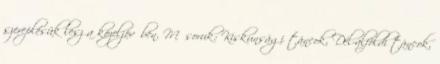
szereplésük lesz a közeljövőben. Műsoruk: Kiskunsági táncok, Dél-alföldi táncok,